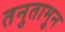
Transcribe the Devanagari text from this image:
तनुतामुन